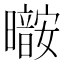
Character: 𰖷